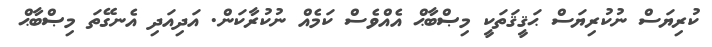
ކުރިޔަސް ނުކުރިޔަސް ޙަޤީޤަތަކީ މިޞްބާޙް އެއްވެސް ކަމެއް ނުކުރާކަން. އަދިއަދި އެނގޭތަ މިޞްބާޙް